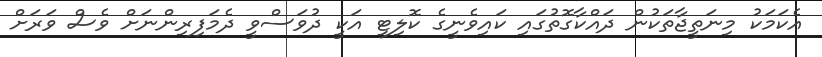
އެކަމަކު މިނަތީޖާތަކުން ދައްކާގޮތުގައި ކައިވެނީގެ ކޮލިޓީ އަކީ ދުވަސްވީ ދެމަފިރިންނަށް ވެސް ވަރަށް